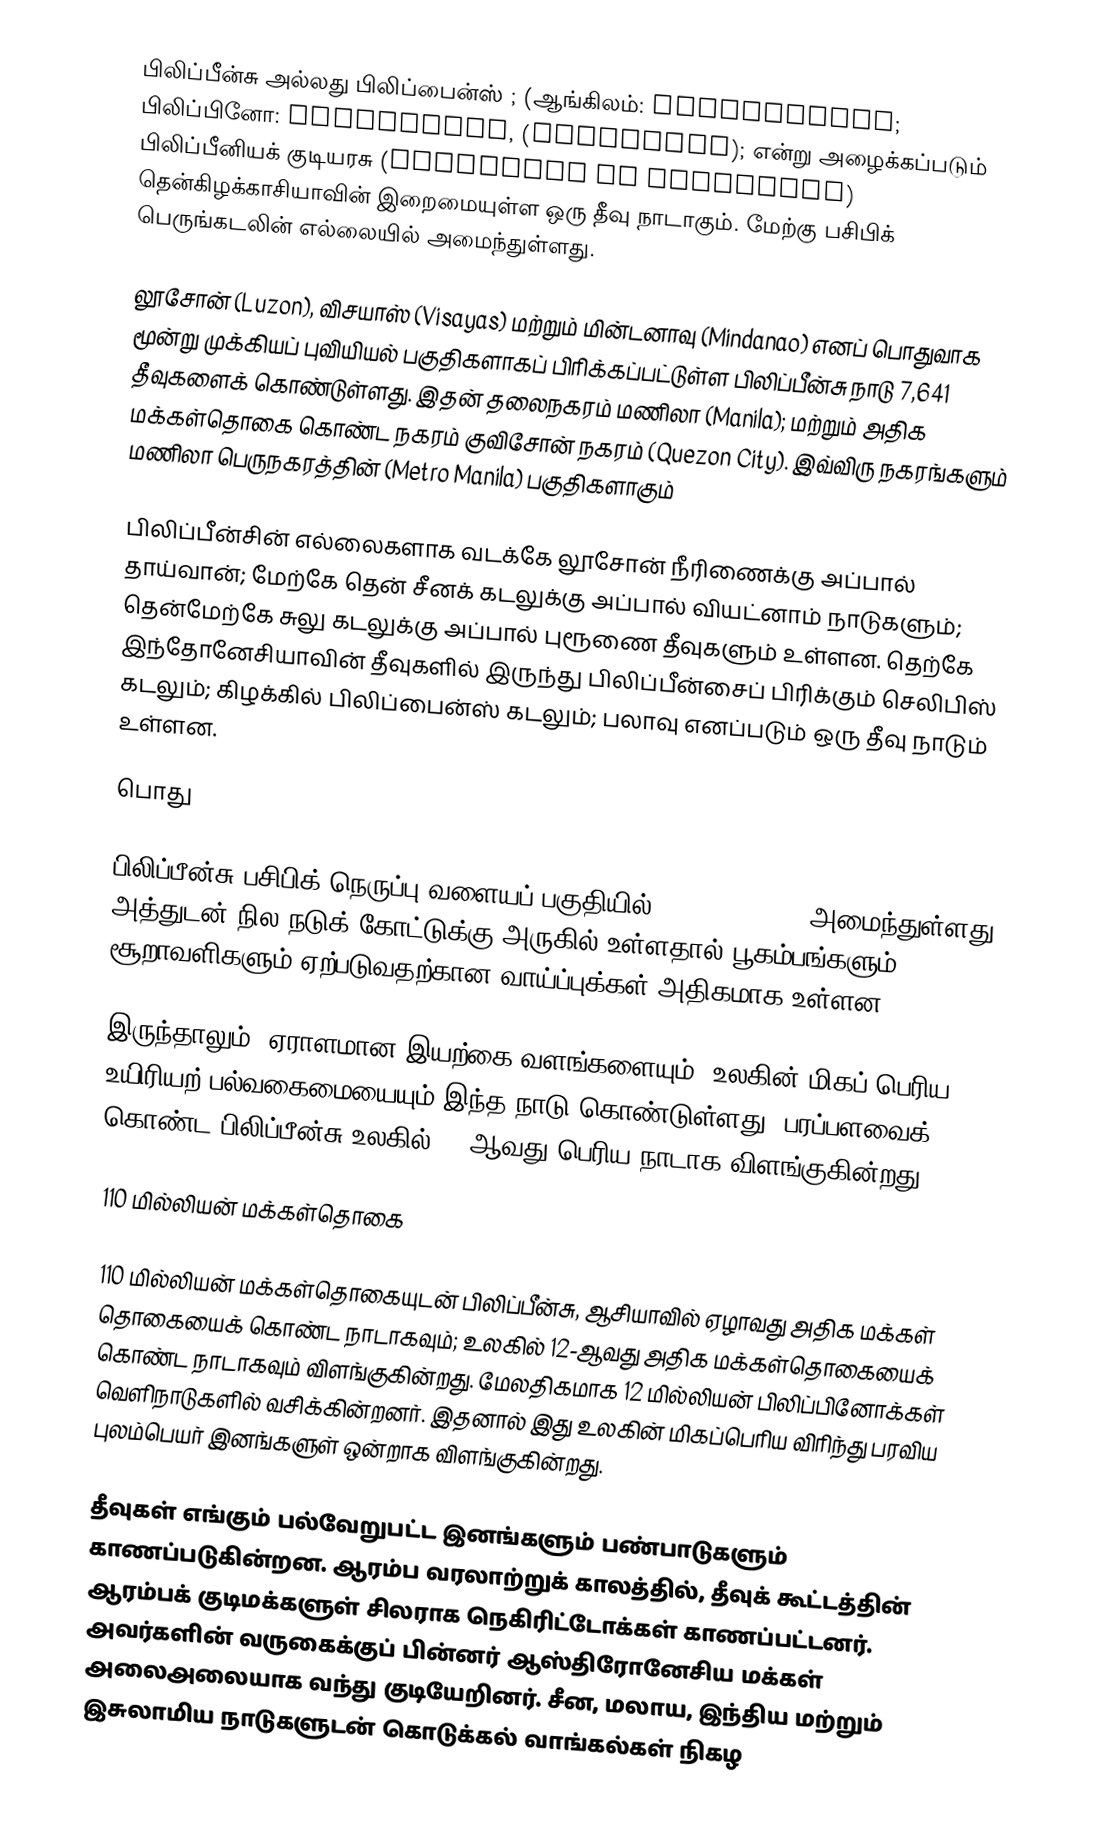
பிலிப்பீன்சு அல்லது பிலிப்பைன்ஸ் ; (ஆங்கிலம்: Philippines; பிலிப்பினோ: pɪlɪˈpinɐs, (Pilipinas); என்று அழைக்கப்படும் பிலிப்பீனியக் குடியரசு (Republika ng Pilipinas) தென்கிழக்காசியாவின் இறைமையுள்ள ஒரு தீவு நாடாகும். மேற்கு பசிபிக் பெருங்கடலின் எல்லையில் அமைந்துள்ளது.

லூசோன் (Luzon), விசயாஸ் (Visayas) மற்றும் மின்டனாவு (Mindanao) எனப் பொதுவாக மூன்று முக்கியப் புவியியல் பகுதிகளாகப் பிரிக்கப்பட்டுள்ள பிலிப்பீன்சு நாடு 7,641 தீவுகளைக் கொண்டுள்ளது. இதன் தலைநகரம் மணிலா (Manila); மற்றும் அதிக மக்கள்தொகை கொண்ட நகரம் குவிசோன் நகரம் (Quezon City). இவ்விரு நகரங்களும் மணிலா பெருநகரத்தின் (Metro Manila) பகுதிகளாகும்

பிலிப்பீன்சின் எல்லைகளாக வடக்கே லூசோன் நீரிணைக்கு அப்பால் தாய்வான்; மேற்கே தென் சீனக் கடலுக்கு அப்பால் வியட்னாம் நாடுகளும்; தென்மேற்கே சுலு கடலுக்கு அப்பால் புரூணை தீவுகளும் உள்ளன. தெற்கே இந்தோனேசியாவின் தீவுகளில் இருந்து பிலிப்பீன்சைப் பிரிக்கும் செலிபிஸ் கடலும்; கிழக்கில் பிலிப்பைன்ஸ் கடலும்; பலாவு எனப்படும் ஒரு தீவு நாடும் உள்ளன.

பொது

பிலிப்பீன்சு பசிபிக் நெருப்பு வளையப் பகுதியில் (Ring of Fire) அமைந்துள்ளது. அத்துடன் நில நடுக் கோட்டுக்கு அருகில் உள்ளதால் பூகம்பங்களும் சூறாவளிகளும் ஏற்படுவதற்கான வாய்ப்புக்கள் அதிகமாக உள்ளன.

இருந்தாலும், ஏராளமான இயற்கை வளங்களையும்; உலகின் மிகப் பெரிய உயிரியற் பல்வகைமையையும் இந்த நாடு கொண்டுள்ளது.  பரப்பளவைக் கொண்ட பிலிப்பீன்சு உலகில் 72-ஆவது-பெரிய நாடாக விளங்குகின்றது.

110 மில்லியன் மக்கள்தொகை

110 மில்லியன் மக்கள்தொகையுடன் பிலிப்பீன்சு, ஆசியாவில் ஏழாவது அதிக மக்கள் தொகையைக் கொண்ட நாடாகவும்; உலகில் 12-ஆவது அதிக மக்கள்தொகையைக் கொண்ட நாடாகவும் விளங்குகின்றது. மேலதிகமாக 12 மில்லியன் பிலிப்பினோக்கள் வெளிநாடுகளில் வசிக்கின்றனர். இதனால் இது உலகின் மிகப்பெரிய விரிந்து பரவிய புலம்பெயர் இனங்களுள் ஒன்றாக விளங்குகின்றது.

தீவுகள் எங்கும் பல்வேறுபட்ட இனங்களும் பண்பாடுகளும் காணப்படுகின்றன. ஆரம்ப வரலாற்றுக் காலத்தில், தீவுக் கூட்டத்தின் ஆரம்பக் குடிமக்களுள் சிலராக நெகிரிட்டோக்கள் காணப்பட்டனர். அவர்களின் வருகைக்குப் பின்னர் ஆஸ்திரோனேசிய மக்கள் அலைஅலையாக வந்து குடியேறினர். சீன, மலாய, இந்திய மற்றும் இசுலாமிய நாடுகளுடன் கொடுக்கல் வாங்கல்கள் நிகழ